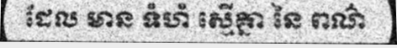
ដែល មាន ទំហំ ស្មើគ្នា នៃ ពណ៌